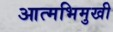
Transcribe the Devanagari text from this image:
आत्मभिमुखी